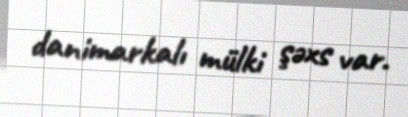
danimarkalı mülki şəxs var.